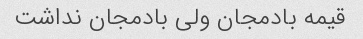
قیمه بادمجان ولی بادمجان نداشت